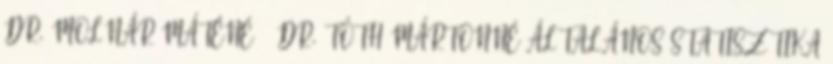
DR. MOLNÁR MÁTÉNÉ – DR. TÓTH MÁRTONNÉ ÁLTALÁNOS STATISZTIKA